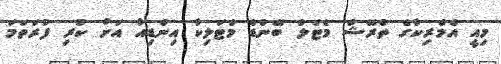
މިއީ އެމެރިކާގެ ތްރޭޝް މެޓަލް ބޭންޑް މެޓަލިކާ އިންޑިއާ އަށް ކުރި ފުރަތަމަ